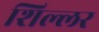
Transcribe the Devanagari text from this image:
शिल्लर